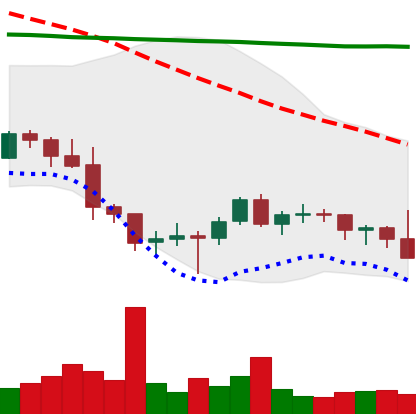
Ticker: BTC-USD
Chart end date: 2022-01-20
Forward return: -9.16%
Label: down_7plus